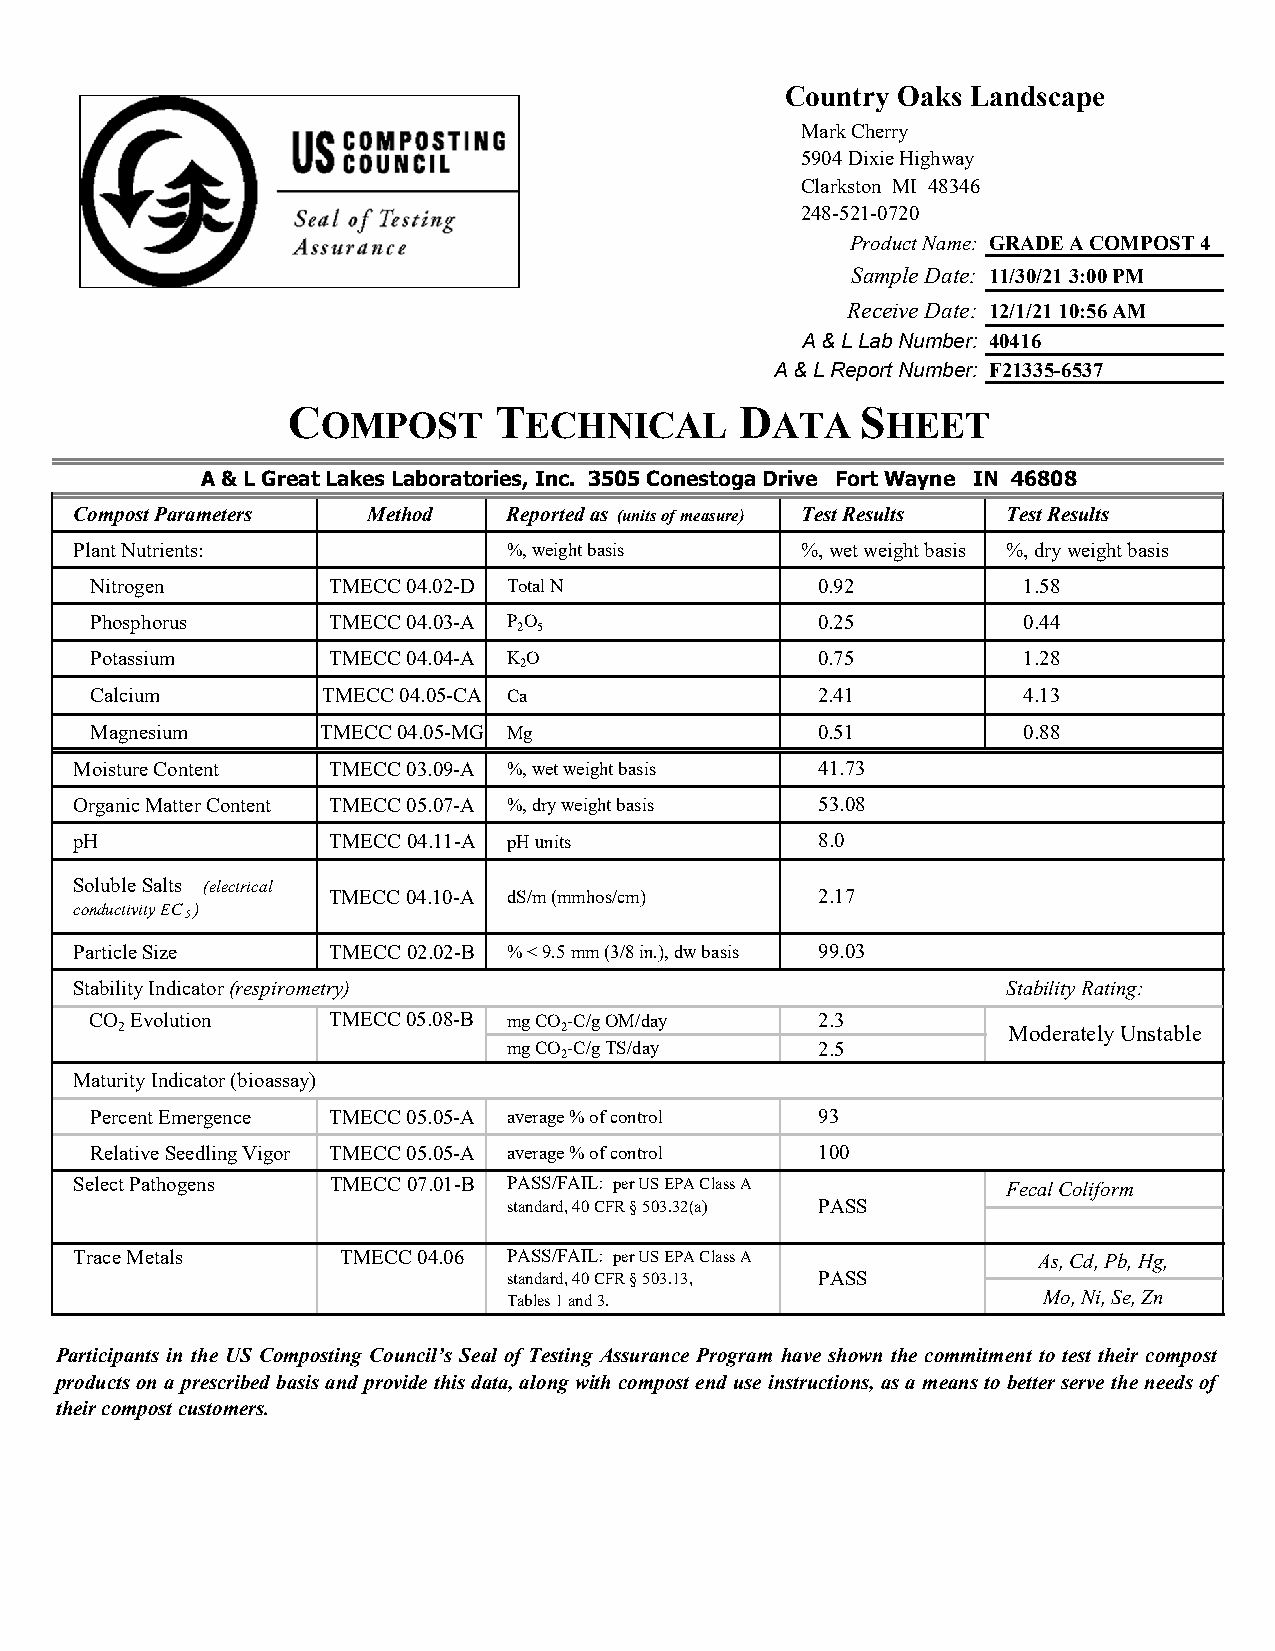
Country Oaks Landscape
 The picture can't be displayed.
 Mark Cherry
 5904 Dixie Highway
 Clarkston MI 48346
 248-521-0720
 Product Name: GRADE A COMPOST 4
 Sample Date: 11/30/21 3:00 PM
 Receive Date: 12/1/21 10:56 AM
 A & L Lab Number: 40416
 A & L Report Number: F21335-6537
 C             T               D       S
 OMPOST        ECHNICAL        ATA     HEET
 A & L Great Lakes Laboratories, Inc. 3505 Conestoga Drive Fort Wayne IN 46808
 Compost Parameters Method    Reported as (units of measure) Test Results Test Results
 Plant Nutrients:             %, weight basis    %, wet weight basis %, dry weight basis
 Nitrogen        TMECC 04.02-D Total N           0.92          1.58
 Phosphorus      TMECC 04.03-A P O               0.25          0.44
 2 5
 Potassium       TMECC 04.04-A KO                0.75          1.28
 2
 Calcium        TMECC 04.05-CA Ca                2.41          4.13
 Magnesium      TMECC 04.05-MG Mg                0.51          0.88
 Moisture Content TMECC 03.09-A %, wet weight basis 41.73
 Organic Matter Content TMECC 05.07-A %, dry weight basis 53.08
 pH               TMECC 04.11-A pH units          8.0
 Soluble Salts (electrical
 TMECC 04.10-A dS/m (mmhos/cm)   2.17
 conductivity EC )
 5
 Particle Size    TMECC 02.02-B % < 9.5 mm (3/8 in.), dw basis 99.03
 Stability Indicator (respirometry)                            Stability Rating:
 CO Evolution    TMECC 05.08-B mg CO-C/g OM/day  2.3
 2                            2                             Moderately Unstable
 mg CO-C/g TS/day    2.5
 2
 Maturity Indicator (bioassay)
 Percent Emergence TMECC 05.05-A average % of control 93
 Relative Seedling Vigor TMECC 05.05-A average % of control 100
 Select Pathogens TMECC 07.01-B PASS/FAIL: per US EPA Class A  Fecal Coliform
 standard, 40 CFR § 503.32(a) PASS
 Trace Metals      TMECC 04.06 PASS/FAIL: per US EPA Class A     As, Cd, Pb, Hg,
 standard, 40 CFR § 503.13, PASS
 Tables 1 and 3.                    Mo, Ni, Se, Zn
 Participants in the US Composting Council’s Seal of Testing Assurance Program have shown the commitment to test their compost
 productsona prescribed basisand provide thisdata, along withcompostend use instructions, asa meansto betterserve the needsof
 their compost customers.